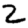
Digit: 2